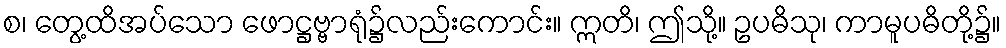
စ၊ တွေ့ထိအပ်သော ဖောဋ္ဌဗ္ဗာရုံ၌လည်းကောင်း။ ဣတိ၊ ဤသို့။ ဥပဓိသု၊ ကာမူပဓိတို့၌။